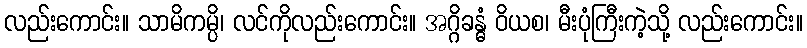
လည်းကောင်း။ သာမိကမ္ပိ၊ လင်ကိုလည်းကောင်း။ အဂ္ဂိခန္ဓံ ဝိယစ၊ မီးပုံကြီးကဲ့သို့ လည်းကောင်း။